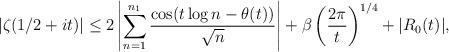
LaTeX: \begin{align*} |\zeta(1/2+it)| \le 2 \left|\sum_{n=1}^{n_1} \frac{\cos(t\log n-\theta(t))}{\sqrt{n}}\right| + \beta \left(\frac{2\pi}{t}\right)^{1/4} + |R_0(t)|,\end{align*}